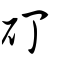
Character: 矴